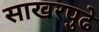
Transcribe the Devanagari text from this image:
साखरपुढे